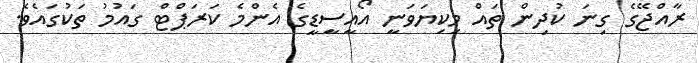
ރާއްޖޭގެ ގިނަ ކުދިން ތައް މިކިޔަވަނީ އޯއީސީޑީގެ އެންމެ ކަރަޕްޓް ގައުމު ތަކުގައެވެ.